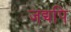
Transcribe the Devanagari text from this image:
जद्यपि